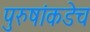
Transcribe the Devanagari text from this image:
पुरुषांकडेच